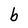
Character: b